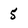
Character: 5